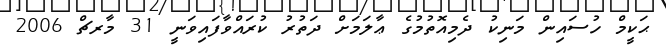
ޙަކީމް ހުސައިން މަނިކު ދެމިއޮތުމުގެ ޢާލަމަށް ދަތުރު ކުރައްވާފައިވަނީ 31 މާރޗް 2006